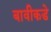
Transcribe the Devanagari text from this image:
बावीकडे